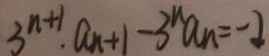
3 ^ { n + 1 } \cdot a _ { n + 1 } - 3 ^ { n } a _ { n } = - 2